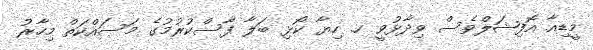
މީޑިއާ އޮފިޝަލްވެސް ވިދާޅުވީ ހ. ހިޔާ ކޯޅި ބަލާ ފާސްކުރުމުގެ މަސައްކަތް މިހާރު